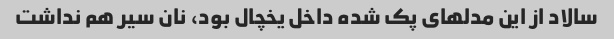
سالاد از این مدلهای پک شده داخل یخچال بود، نان سیر هم نداشت